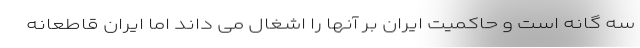
سه گانه است و حاکمیت ایران بر آنها را اشغال می داند اما ایران قاطعانه